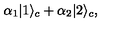
\alpha _ { 1 } | 1 \rangle _ { c } + \alpha _ { 2 } | 2 \rangle _ { c } ,